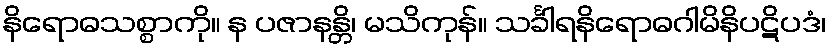
နိရောဓသစ္စာကို။ န ပဇာနန္တိ၊ မသိကုန်။ သင်္ခါရနိရောဓဂါမိနိပဋိပဒံ၊